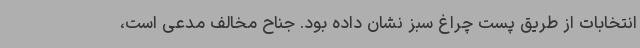
انتخابات از طریق پست چراغ سبز نشان داده بود. جناح مخالف مدعی است،